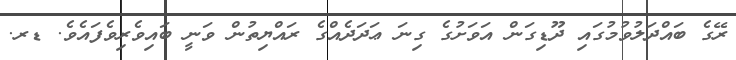
ރޭގެ ބައްދަލުވުމުގައި ދޫޑިގަން އަވަށުގެ ގިނަ ޢަދަދެއްގެ ރައްޔިތުން ވަނީ ބައިވެރިވެފައެވެ. ޑރ.